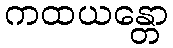
ကထယန္တော